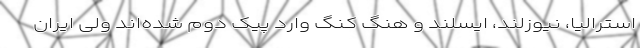
استرالیا، نیوزلند، ایسلند و هنگ کنگ وارد پیک دوم شده‌اند ولی ایران